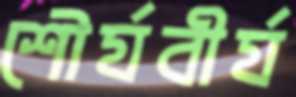
শৌর্যবীর্য